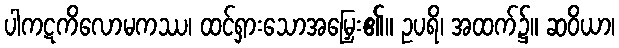
ပါကဋကိလောမကဿ၊ ထင်ရှားသောအမြှေး၏။ ဥပရိ၊ အထက်၌။ ဆဝိယာ၊